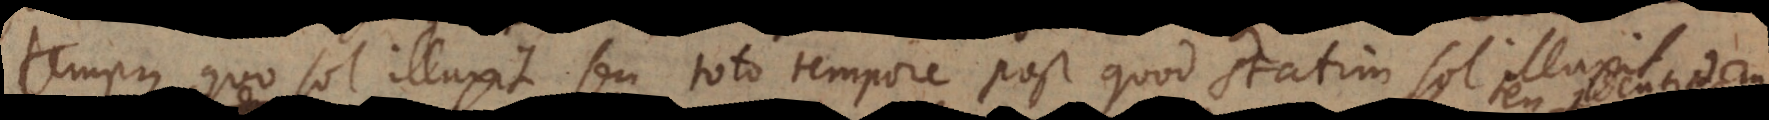
tempus quo sol illuxit, seu toto tempore post quod statim sol illuxit.